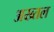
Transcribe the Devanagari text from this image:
अख्तल